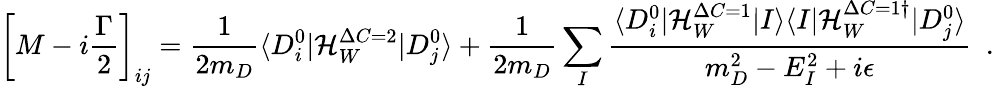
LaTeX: \left[M-i\frac{\Gamma}{2}\right]_{ij}=\frac{1}{2m_{D}}\langle D_{i}^{0}|{\cal H}_{W}^{\Delta C=2}|D_{j}^{0}\rangle+\frac{1}{2m_{D}}\sum_{I}\frac{\langle D_{i}^{0}|{\cal H}_{W}^{\Delta C=1}|I\rangle\langle I|{\cal H}_{W}^{\Delta C=1\dagger}|D_{j}^{0}\rangle}{m_{D}^{2}-E_{I}^{2}+i\epsilon}\ \ .